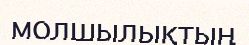
молшылықтың